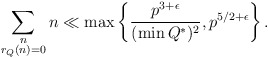
\begin{align*}\sum_{\substack{n \\ r_{Q}(n) = 0}} n \ll \max \left\{ \frac{p^{3+\epsilon}}{(\min Q^{*})^{2}}, p^{5/2 + \epsilon} \right\}.\end{align*}